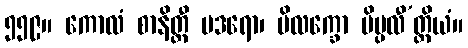
၅၅၉။ ကောလံ စာနိတ္ထီ ဗဒရော၊ ပိလက္ခော ပိပ္ပလီ’တ္ထိယံ။